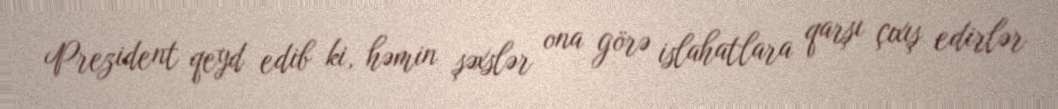
Prezident qeyd edib ki, həmin şəxslər ona görə islahatlara qarşı çıxış edirlər